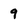
Character: q